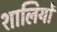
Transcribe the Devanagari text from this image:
शालियों